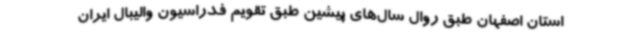
استان اصفهان طبق روال سال‌های پیشین طبق تقویم فدراسیون والیبال ایران